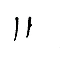
11